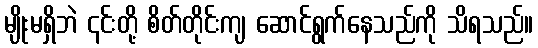
မျိုးမရှိဘဲ ၎င်းတို့ စိတ်တိုင်းကျ ဆောင်ရွက်နေသည်ကို သိရသည်။